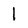
Character: 1